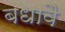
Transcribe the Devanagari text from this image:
बधावै